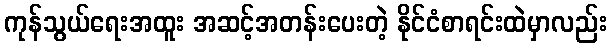
ကုန်သွယ်ရေးအထူး အဆင့်အတန်းပေးတဲ့ နိုင်ငံစာရင်းထဲမှာလည်း